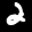
Label: 2